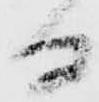
る